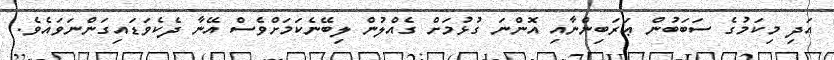
އަދި މިކަމުގެ ސަބަބުން ޢަރަބިންނާއި އޮންނަ ގުޅުމަށް ގެއްލުން ލިބޭނެކަމަށްވެސް އޭނާ ދެކެވަޑައިގަންނަވައެވެ.